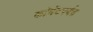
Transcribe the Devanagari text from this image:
कॉमेंटपर्यंत